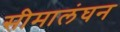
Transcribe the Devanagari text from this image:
सीमालंघन